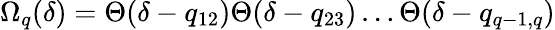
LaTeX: \Omega_{q}(\delta)=\Theta(\delta-q_{12})\Theta(\delta-q_{23})\ldots\Theta(\delta-q_{q-1,q})